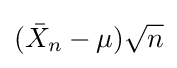
({\bar {X}}_{n}-\mu ){\sqrt {n}}